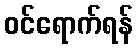
ဝင်ရောက်ရန်